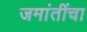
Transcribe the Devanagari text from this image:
जमांतींचा